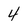
Character: 4